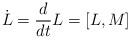
\begin{align*}\dot L={d\over{dt}}L=[L,M]\end{align*}